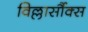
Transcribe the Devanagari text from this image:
विल्लार्सौक्स